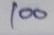
100